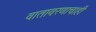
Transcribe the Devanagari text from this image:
वातावरणाचाही